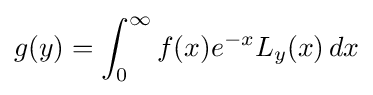
g(y)=\int _{0}^{\infty }f(x)e^{-x}L_{y}(x)\,dx